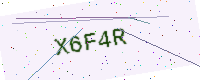
Text: X6F4R